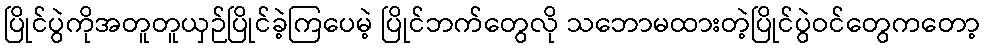
ပြိုင်ပွဲကိုအတူတူယှဉ်ပြိုင်ခဲ့ကြပေမဲ့ ပြိုင်ဘက်တွေလို သဘောမထားတဲ့ပြိုင်ပွဲဝင်တွေကတော့